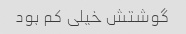
گوشتش خیلی کم بود